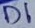
Text: D1